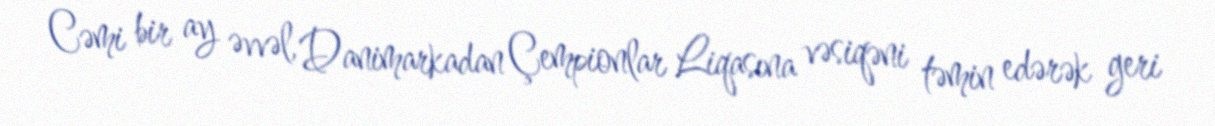
Cəmi bir ay əvvəl, Danimarkadan Çempionlar Liqasına vəsiqəni təmin edərək geri